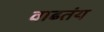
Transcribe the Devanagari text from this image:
वाढतंय